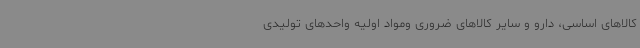
کالاهای اساسی، دارو و سایر کالاهای ضروری ومواد اولیه واحدهای تولیدی